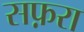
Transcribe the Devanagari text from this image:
सफ़रा